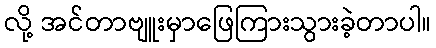
လို့ အင်တာဗျူးမှာဖြေကြားသွားခဲ့တာပါ။